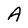
Character: A